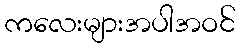
ကလေးများအပါအဝင်